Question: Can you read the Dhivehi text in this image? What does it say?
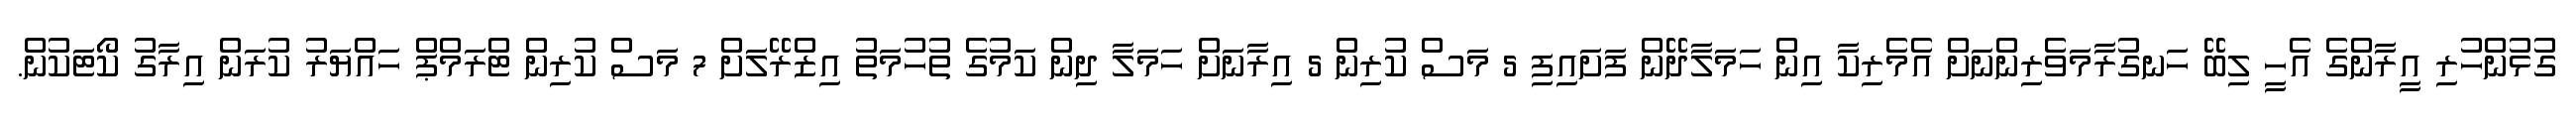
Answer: ގުޅުންހުރި އީރާންގެ އެހީ ލިބޭ ހަނގުރާމަވެރިންނަށް އެމެރިކާ އިން ހަމަލާދޭން ފަށައިފި 5 މަސް ކުރިން 5 އިރާނަށް ހަމަލާ ދިން ކަމުގެ ތުހުމަތު އިޒްރޭލަށް 7 މަސް ކުރިން ޓްރަމްޕް ހައްޔަރު ކުރަން އިރާގު ކޯޓަކުން.